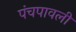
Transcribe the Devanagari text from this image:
पंचपावली